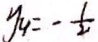
y _ { 4 } = - \frac { 1 } { 2 }